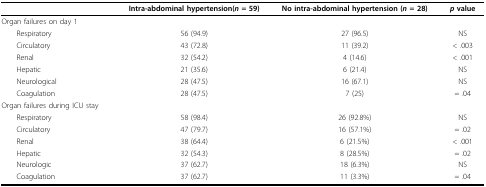
|  | Intra-abdominal hypertension(n = 59) | No intra-abdominal hypertension (n = 28) | p value |
 | --- | --- | --- | --- |
 | Organ failures on day 1 |  |  |  |
 | Respiratory | 56 (94.9) | 27 (96.5) | NS |
 | Circulatory | 43 (72.8) | 11 (39.2) | < .003 |
 | Renal | 32 (54.2) | 4 (14.6) | < .001 |
 | Hepatic | 21 (35.6) | 6 (21.4) | NS |
 | Neurological | 28 (47.5) | 16 (67.1) | NS |
 | Coagulation | 28 (47.5) | 7 (25) | = .04 |
 | Organ failures during ICU stay |  |  |  |
 | Respiratory | 58 (98.4) | 26 (92.8%) | NS |
 | Circulatory | 47 (79.7) | 16 (57.1%) | = .02 |
 | Renal | 38 (64.4) | 6 (21.5%) | < .001 |
 | Hepatic | 32 (54.3) | 8 (28.5%) | = .02 |
 | Neurologic | 37 (62.7) | 18 (6.3%) | NS |
 | Coagulation | 37 (62.7) | 11 (3.3%) | = .04 |